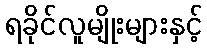
ရခိုင်လူမျိုးများနှင့်